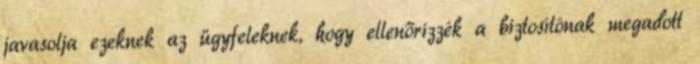
javasolja ezeknek az ügyfeleknek, hogy ellenőrizzék a biztosítónak megadott